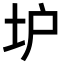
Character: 𡉴